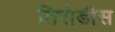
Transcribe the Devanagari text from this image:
तिरोडीस